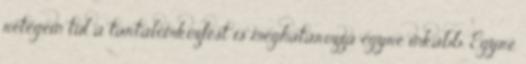
rétegein túl a tartalomközlést is meghatározza egyre inkább. Egyre